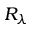
R _ { \lambda }